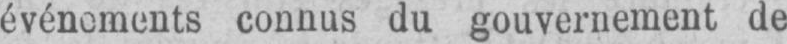
événements connus du gouvernement de